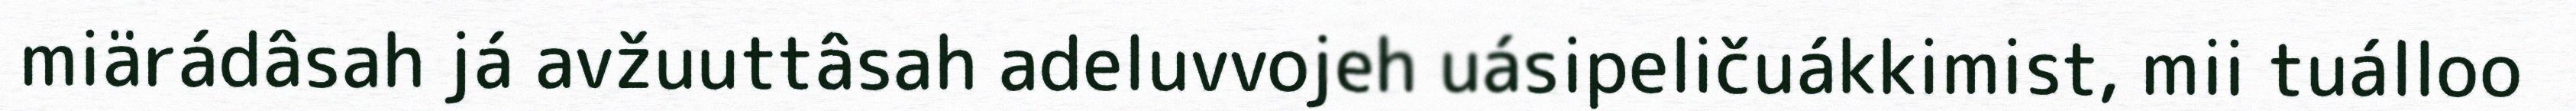
miärádâsah já avžuuttâsah adeluvvojeh uásipeličuákkimist, mii tuálloo